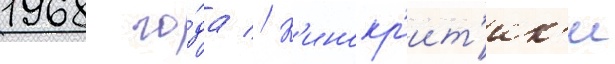
1968 го́да // К'инокр'ит'ик'и